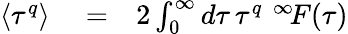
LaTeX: \begin{array}{rlr}{\langle\tau^{q}\rangle}&{{}=}&{2\int_{0}^{\infty}d\tau\, \tau^{q}\, \, ^{\infty}\! F(\tau)}\end{array}